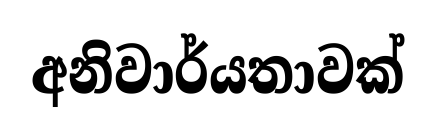
අනිවාර්යතාවක්